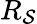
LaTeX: R_{\mathcal{S}}